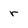
Character: r